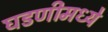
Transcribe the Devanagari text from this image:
घडणीमध्ये